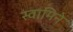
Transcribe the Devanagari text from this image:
स्वामिने